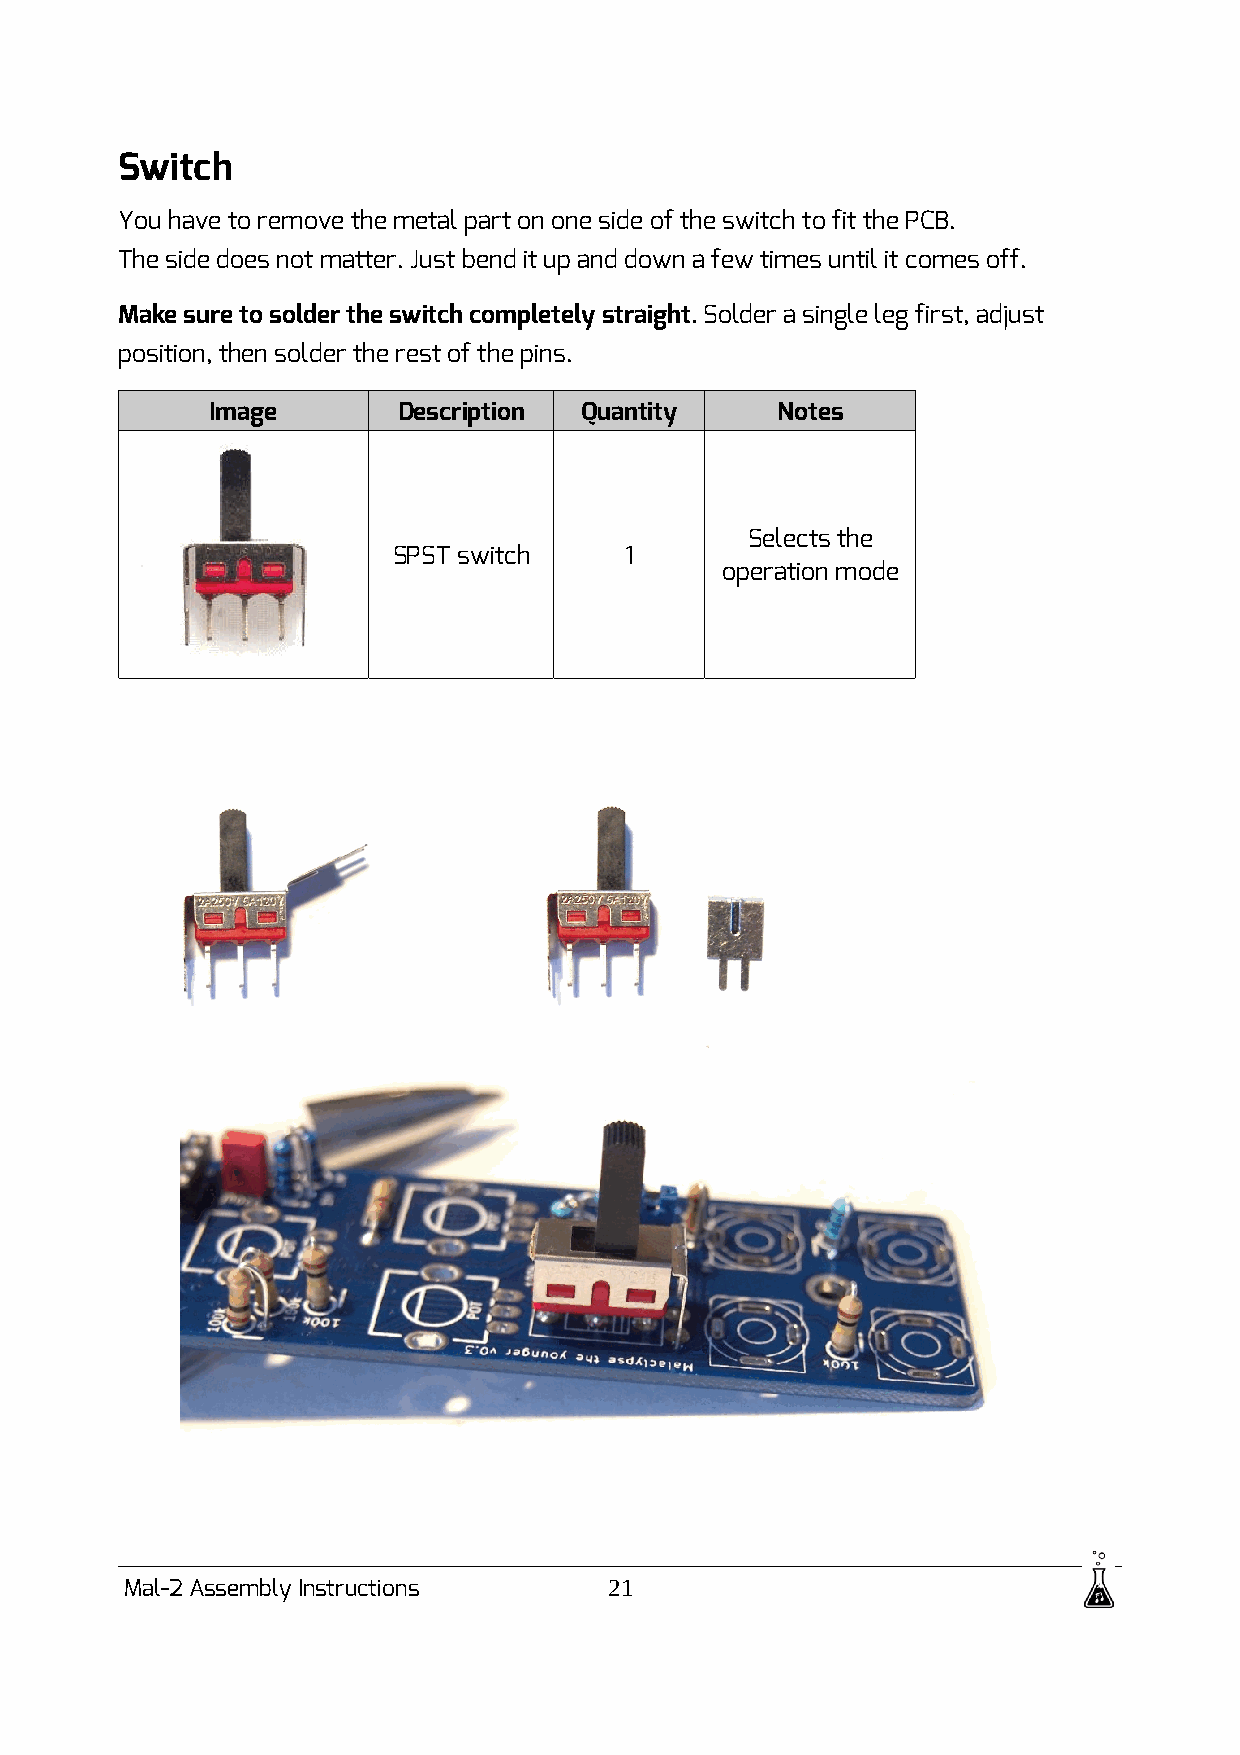
Switch
 You have to remove the metal part on one side of the switch to fit the PCB.
 The side does not matter. Just bend it up and down a few times until it comes off.
 Make sure to solder the switch completely straight. Solder a single leg first, adjust
 position, then solder the rest of the pins.
 Image       Description Quantity     Notes
 Selects the
 SPST switch    1
 operation mode
 Mal-2 Assembly Instructions     21